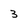
Character: 3